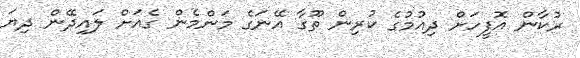
ރުކާން އޮފީހަށް ދިއުމުގެ ކުރިން ތޫގާ އޭނަގެ މަންމެން ގެއަށް ލައިދޭން ދިޔަ